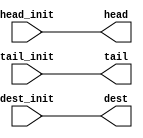
module flit(head,tail,dest,head_init,tail_init,dest_init);
input head_init,tail_init;
input [9:0] dest_init;
output reg head,tail;
output reg [9:0] dest;
always @(head_init or tail_init or dest_init)
begin
head=head_init;
tail=tail_init;
dest=dest_init;
end
endmodule